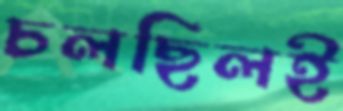
চলছিলই